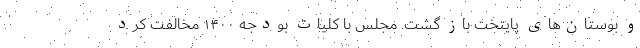
و بوستان‌های پایتخت باز گشت. مجلس با کلیات بودجه ١۴٠٠ مخالفت کرد